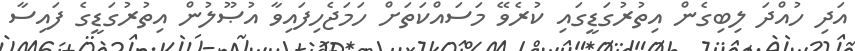
އަދި ހުއްދަ ލިބިގެން އިތުރުގަޑީގައި ކުރެވޭ މަސައްކަތަށް ހަމަޖެހިފައިވާ އުޞޫލުން އިތުރުގަޑީގެ ފައިސާ